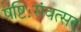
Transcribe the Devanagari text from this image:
षष्टिःसंवत्सर